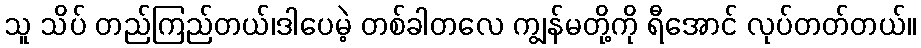
သူ သိပ် တည်ကြည်တယ်၊ဒါပေမဲ့ တစ်ခါတလေ ကျွန်မတို့ကို ရီအောင် လုပ်တတ်တယ်။